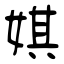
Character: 娸